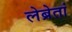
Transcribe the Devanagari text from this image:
लेब्रेतां